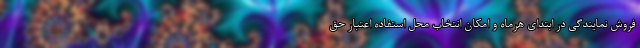
فروش نمایندگی در ابتدای هرماه و امکان انتخاب محل استفاده اعتبار حق